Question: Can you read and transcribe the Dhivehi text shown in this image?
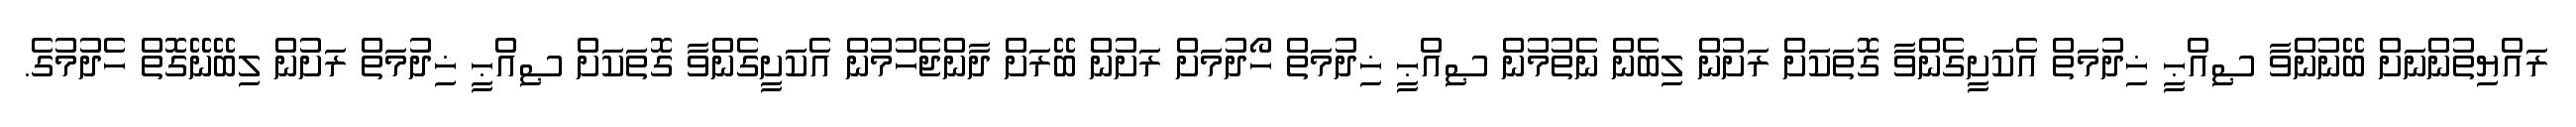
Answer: ރައްޔިތުންނަށް ބޭނުންވާ ޞިއްޙީ ޚިދުމަތް އެކަށީގެންވާ ގޮތަކަށް ރަށުން ލިބެން ނެތުމުން ޞިއްޙީ ޚިދުމަތް ހޯދުމަށް ރަށުން ބޭރަށް ދާންޖެހުމުން އެކަށީގެންވާ ގޮތަކަށް ޞިއްޙީ ޚިދުމަތް ރަށުން ލިބޭނޭގޮތް ހެދުމުގެ.